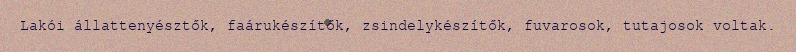
Lakói állattenyésztők, faárukészítők, zsindelykészítők, fuvarosok, tutajosok voltak.